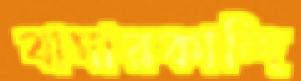
বাঘারকান্দি